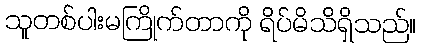
သူတစ်ပါးမကြိုက်တာကို ရိပ်မိသိရှိသည်။